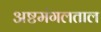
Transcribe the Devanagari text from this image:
अष्टमंगलताल